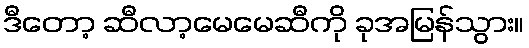
ဒီတော့ ဆီလာ့မေမေဆီကို ခုအမြန်သွား။